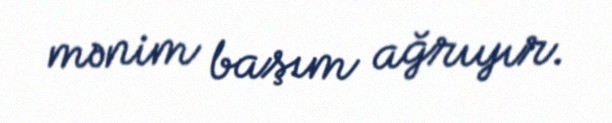
mənim başım ağrıyır.